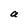
Character: a